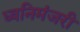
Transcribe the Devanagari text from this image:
ध्वनिमंजरी